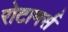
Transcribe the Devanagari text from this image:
रोटामर्स